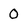
Character: o